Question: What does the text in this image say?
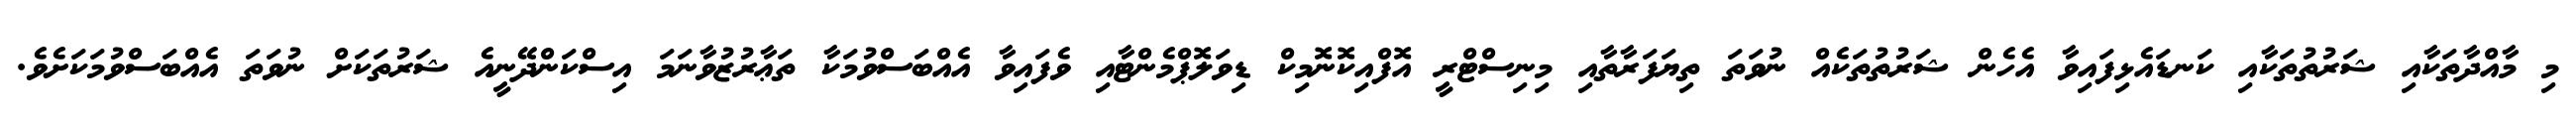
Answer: މި މާއްދާތަކާއި ޝަރުތުތަކާއި ކަނޑައެޅިފައިވާ އެހެން ޝަރުތުތަކެއް ނުވަތަ ތިޔަފަރާތާއި މިނިސްޓްރީ އޮފްއިކޮނޮމިކް ޑިވަލޮޕްމެންޓާއި ވެފައިވާ އެއްބަސްވުމަކާ ތަޢާރުޒުވާނަމަ އިސްކަންދޭނީއެ ޝަރުތަކަށް ނުވަތަ އެއްބަސްވުމަކަށެވެ.